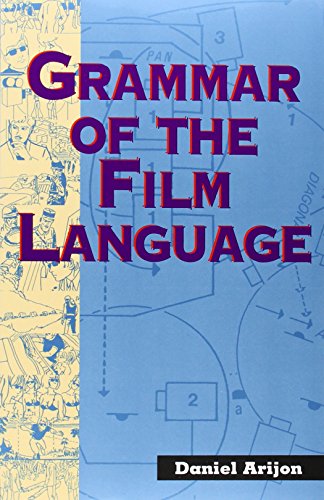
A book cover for Grammar of the Film Language; Daniel Arijon; Humor & Entertainment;